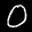
Label: 0